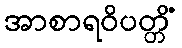
အာစာရဝိပတ္တိံ